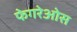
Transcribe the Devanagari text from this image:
फेगरेओस